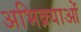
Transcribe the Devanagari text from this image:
अभिक्र्याओं